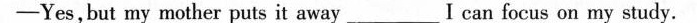
——Yes,but my mother puts it away___I can focus on my study.